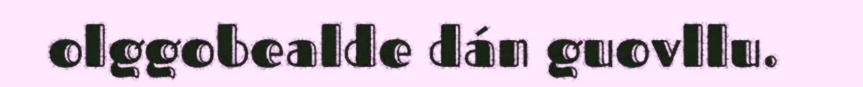
olggobealde dán guovllu.